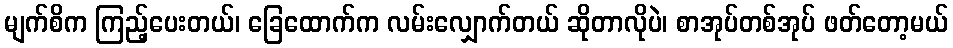
မျက်စိက ကြည့်ပေးတယ်၊ ခြေထောက်က လမ်းလျှောက်တယ် ဆိုတာလိုပဲ၊ စာအုပ်တစ်အုပ် ဖတ်တော့မယ်